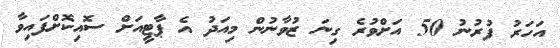
އަހަރު ފުރުނު 50 އަށްވުރެ ގިނަ ޒުވާނުން މިއަދު އެ ޕާޓީއަށް ސޮއިކޮށްފައިވާ